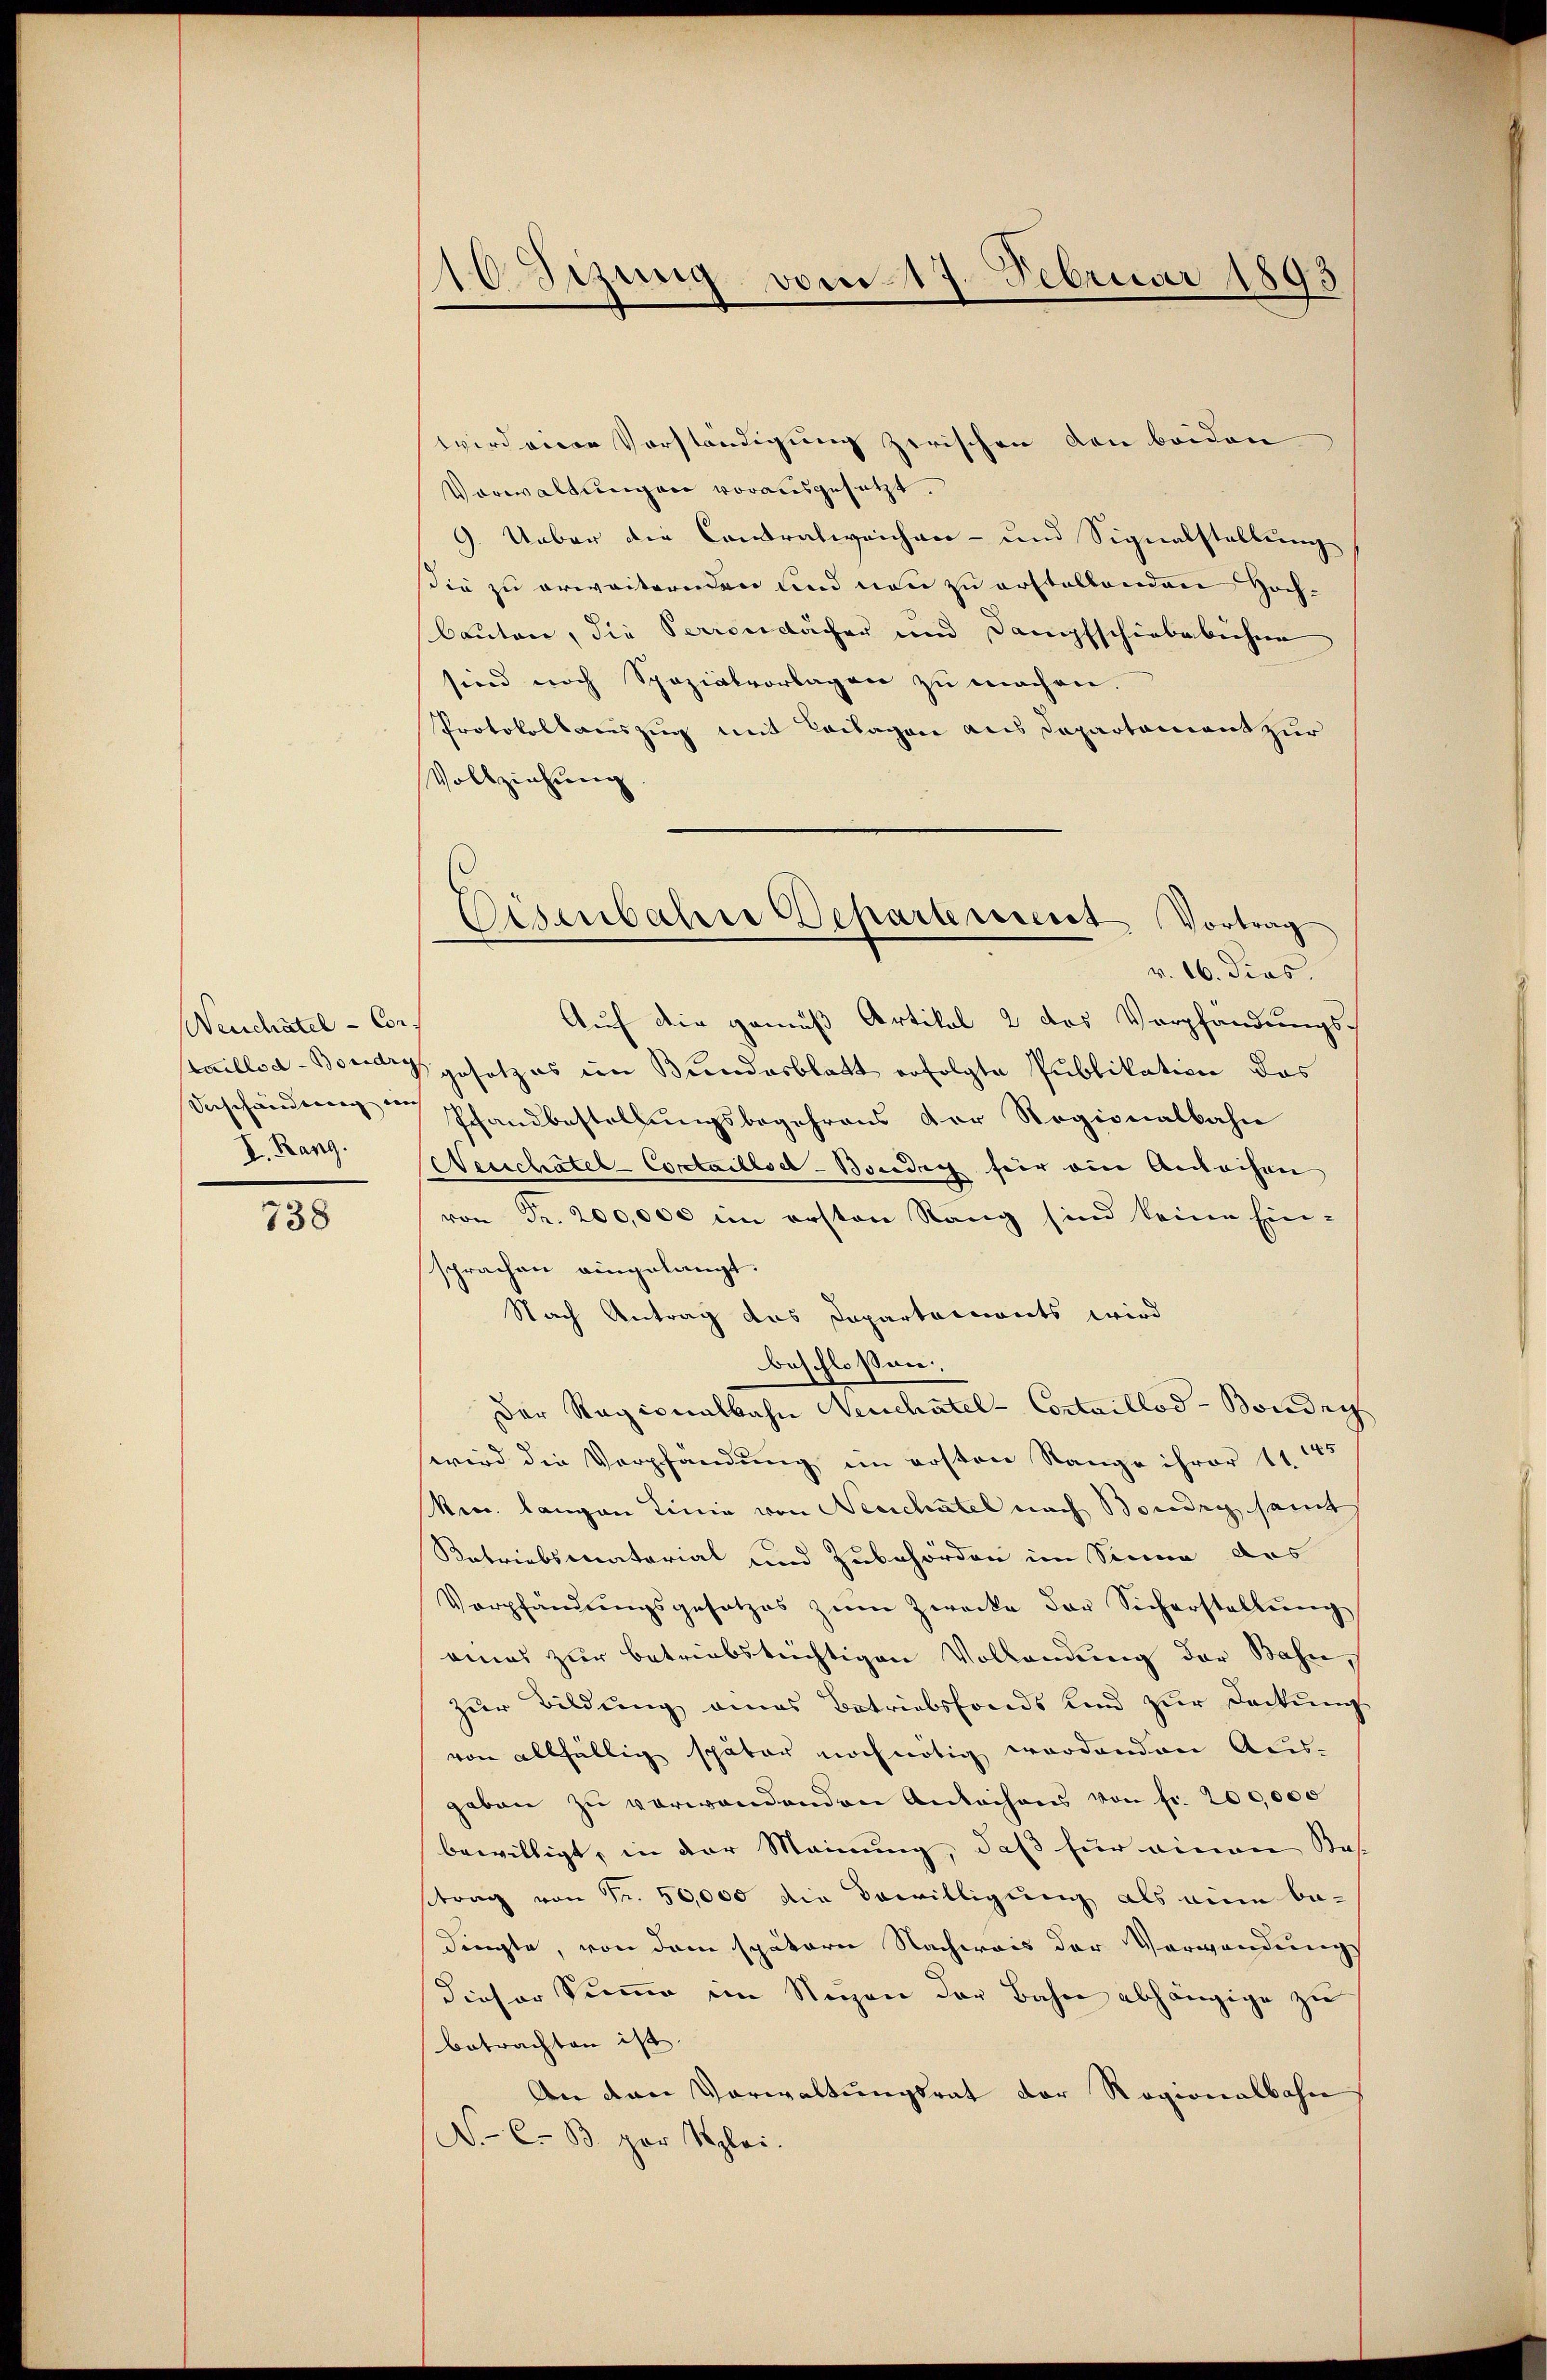
Neuchâtel - Con¬
V. Rang.

738

20 Sizung vom 17. Februar 1893

wird einen Vorständigung zwischen den beiden
Vorwaltungen vorausgesetzt.
9. Ueber die Contratweichen- und Signalstellung
die zu erweiternden und neu zu erstellenden Hochbauten, die Perrondächer und Dampfschiebebuchne
sind noch Spazialvorlagen zu machen.
Protokollauszug mit Leilagen aus Departament zur
Vollziehung
aillod-Berg gesetzes im Bundesblatt erfolgte Publikation das
eschänderungen Schandbestellungsbegehrens der Regionalbahn
Neuchâtel-Contaillsd-Bondig für ein Andachen
von Fr. 200,000 im ersten Rang sind keine Ein-
sprachen eingelangt.
Nach Antrag das Departements wird
beschlossen,
Der Ragionalbahn Neuchatel - Cortaillod-Bondry
wird die Verpfändung im ersten Stange ihrer 11. 145
kes. langen Linie von Neuchâtel nach Boudry samt
Ratriebscatorial und Zubehörden im Sinne des
Verpfändungsgesetzes zum Zwecke der Sicherstellŭng
amas zur betriebstüchtigen Vollendung der Bahn,
zur Bildung eines Betriebsfonds und zur Deckung
von allfällig später noch nötig wordenden Aus-
geben zŭ verwandenden Antechens von fr. 200,000
bewilligt, in der Meinung, daß für einen Kas-
strag von Fr. 50,000 die Bewilligung als eine be-
dingte, von dem spätere Nachweis der Verwendung
dieser Summe im Nuzen der Bahn abhängige zu
betrachten ist.
An den Verwaltŭngsrat der Ragionalbahn
N. C. B. par Szlei.

Eisenbahre Departerseit Vortrag
v. 16. dies
Auf die gemäß Artikal 2 das Verpfändungs-